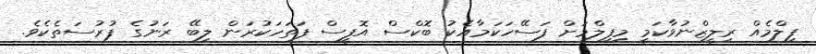
ފިލްމެއް ރިލީޒްނުވާކަމީ މިފިލްމަށް ފަސޭހަކަމާއެކު ބޮކްސް އޮފީސް ފަތަހަކުރަން ލިބޭ ރަނުގެ ފުރުސަތެކެވެ.